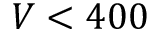
V < 4 0 0